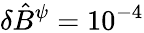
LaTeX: \delta\hat{B}^{\psi}=10^{-4}